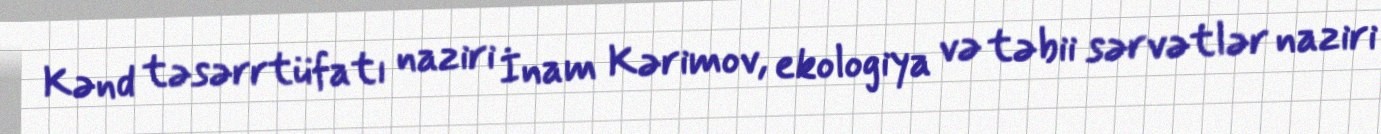
Kənd təsərrtüfatı naziri İnam Kərimov, ekologiya və təbii sərvətlər naziri